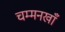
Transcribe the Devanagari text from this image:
चम्मनखाँ